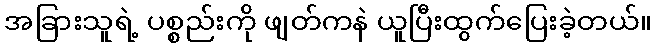
အခြားသူရဲ့ ပစ္စည်းကို ဖျတ်ကနဲ ယူပြီးထွက်ပြေးခဲ့တယ်။